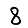
Digit: 8